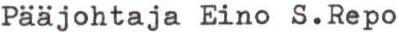
Pääjohtaja Eino S.Repo